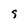
Character: 9